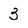
Character: 3